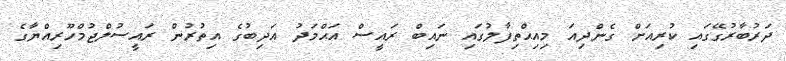
ދަރުބާރުގޭގައި ކުރިއަށް ގެންދިއަ މިއިޙްތިފާލުގައި ނައިބް ރައީސް އަޙްމަދު އަދިބުގެ އިތުރުން ރައީސުލްޖުމްހޫރިއްޔާގެ